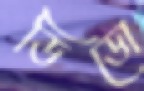
ডিডো